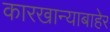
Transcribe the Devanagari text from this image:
कारखान्याबाहेर